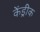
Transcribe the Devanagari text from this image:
केंड्रीक